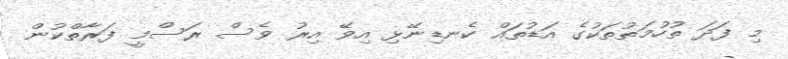
މި ފަދަ ތުހުމަތުތަކުގެ އަޑުތައް ކެނޑިނޭޅި އިވޭ އިރު ވެސް ރަސްމީ ފަރާތްކުން